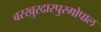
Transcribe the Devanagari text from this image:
बरखुरदारपुरगोपाल